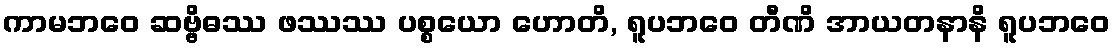
ကာမဘဝေ ဆဗ္ဗိဓဿ ဖဿဿ ပစ္စယော ဟောတိ, ရူပဘဝေ တီဏိ အာယတနာနိ ရူပဘဝေ